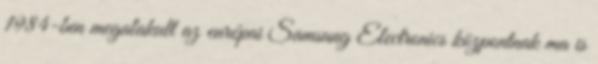
1984-ben megalakult az európai Samsung Electronics központnak ma is